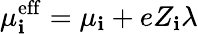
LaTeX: \mu_{\mathbf{i}}^{\mathrm{{eff}}}=\mu_{\mathbf{i}}+eZ_{\mathbf{i}}\lambda